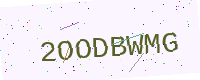
Text: 2OODBWMG